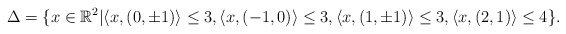
\begin{align*} \Delta = \{x\in\mathbb{R}^2|&\langle x,(0,\pm1)\rangle\leq3,\langle x,(-1,0)\rangle\leq3,\langle x,(1,\pm1)\rangle\leq3,\langle x,(2,1)\rangle\leq4\}.\end{align*}